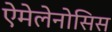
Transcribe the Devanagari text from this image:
ऐमेलेनोसिस